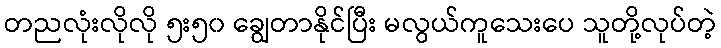
တညလုံးလိုလို ၅း၅၀ ချွေတာနိုင်ပြီး မလွယ်ကူသေးပေ သူတို့လုပ်တဲ့